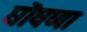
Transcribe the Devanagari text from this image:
घॊषणा